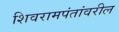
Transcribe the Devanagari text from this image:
शिवरामपंतांवरील